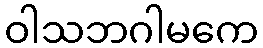
ဝါသဘဂါမကေ